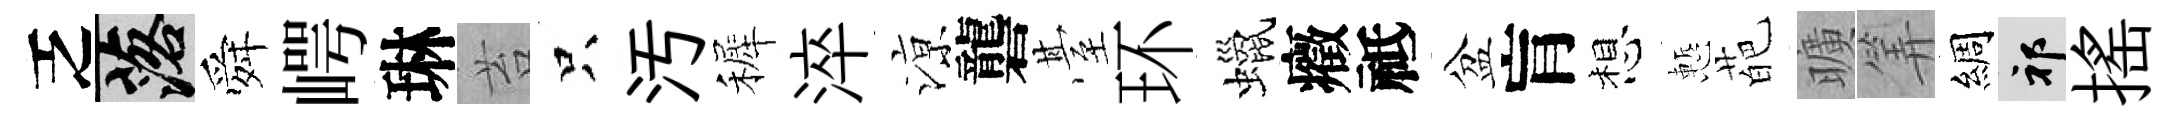
乏落舜崿琳苔只汚裤淬鿌礱䑓环蠟癥祗盆肓想慙葩曠筭綢祁摇